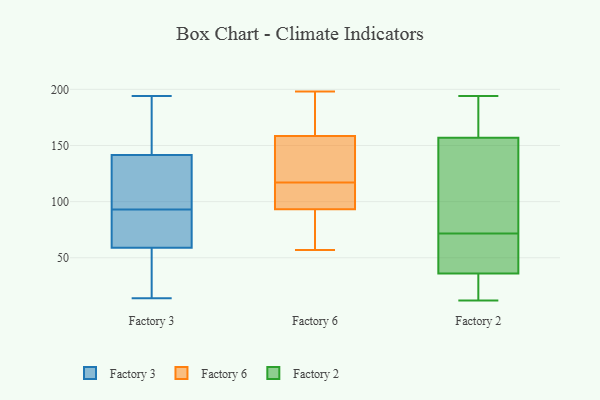
{"axis": {"x": "Energy Usage (MWh)", "y": "Value"}, "legend": ["Factory 2", "Factory 3", "Factory 6"], "data": [{"x": "", "y": 138, "type": "Factory 3"}, {"x": "", "y": 194, "type": "Factory 3"}, {"x": "", "y": 67, "type": "Factory 3"}, {"x": "", "y": 71, "type": "Factory 3"}, {"x": "", "y": 51, "type": "Factory 3"}, {"x": "", "y": 97, "type": "Factory 3"}, {"x": "", "y": 185, "type": "Factory 3"}, {"x": "", "y": 111, "type": "Factory 3"}, {"x": "", "y": 89, "type": "Factory 3"}, {"x": "", "y": 14, "type": "Factory 3"}, {"x": "", "y": 145, "type": "Factory 3"}, {"x": "", "y": 41, "type": "Factory 3"}, {"x": "", "y": 93, "type": "Factory 6"}, {"x": "", "y": 189, "type": "Factory 6"}, {"x": "", "y": 198, "type": "Factory 6"}, {"x": "", "y": 57, "type": "Factory 6"}, {"x": "", "y": 128, "type": "Factory 6"}, {"x": "", "y": 98, "type": "Factory 6"}, {"x": "", "y": 94, "type": "Factory 6"}, {"x": "", "y": 148, "type": "Factory 6"}, {"x": "", "y": 93, "type": "Factory 6"}, {"x": "", "y": 117, "type": "Factory 6"}, {"x": "", "y": 162, "type": "Factory 6"}, {"x": "", "y": 23, "type": "Factory 2"}, {"x": "", "y": 194, "type": "Factory 2"}, {"x": "", "y": 65, "type": "Factory 2"}, {"x": "", "y": 49, "type": "Factory 2"}, {"x": "", "y": 50, "type": "Factory 2"}, {"x": "", "y": 117, "type": "Factory 2"}, {"x": "", "y": 78, "type": "Factory 2"}, {"x": "", "y": 120, "type": "Factory 2"}, {"x": "", "y": 194, "type": "Factory 2"}, {"x": "", "y": 194, "type": "Factory 2"}, {"x": "", "y": 12, "type": "Factory 2"}, {"x": "", "y": 20, "type": "Factory 2"}]}